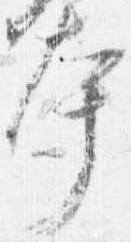
本